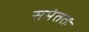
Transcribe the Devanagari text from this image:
समंततः